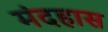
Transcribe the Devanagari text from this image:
मंदहास